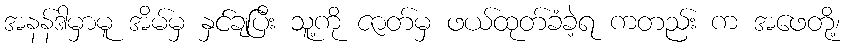
အနန်ဒါမှာမူ အိမ်မှ နှင်ချပြီး သူ့ကို ဇာတ်မှ ဖယ်ထုတ်ခံခဲ့ရ ကတည်း က အဖေတို့၊